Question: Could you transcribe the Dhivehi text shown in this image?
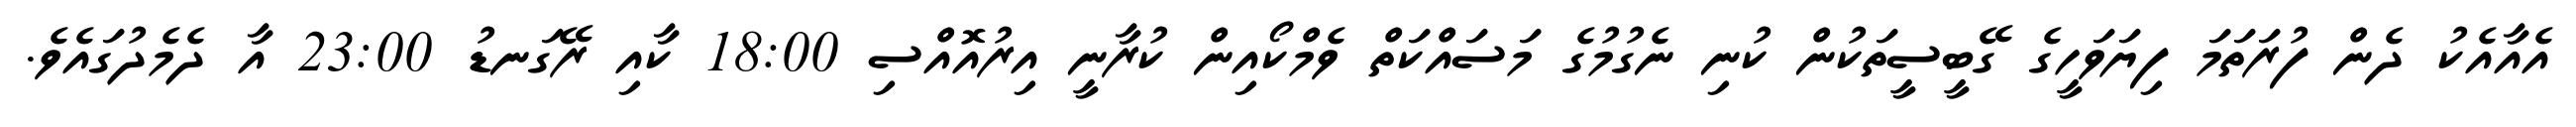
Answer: އެއާއެކު ދެން ފުރަތަމަ ފިޔަވަހީގެ ގޭބީސީތަކުން ކުނި ނެގުމުގެ މަސައްކަތް ވެމްކޯއިން ކުރާނީ އިރުއޮއްސި 18:00 ކާއި ރޭގަނޑު 23:00 އާ ދެމެދުގައެވެ.